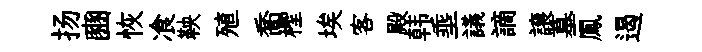
扬豳恢飡鞅殖喬檉埃客殿韩埀議謫譲墓鳳遏